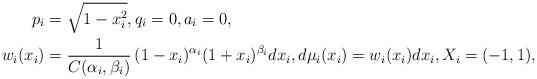
LaTeX: \begin{align*}p_i&=\sqrt{1-x_i^2},q_i=0 ,a_i=0,\\ w_i(x_i)&=\frac1{C(\alpha_i,\beta_i)}\,(1-x_i)^{\alpha_i}(1+x_i)^{\beta_i}dx_i, d\mu_i(x_i)=w_i(x_i)dx_i,X_i=(-1,1),\end{align*}